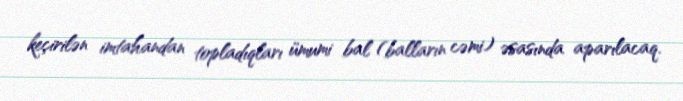
keçirilən imtahandan topladıqları ümumi bal (balların cəmi) əsasında aparılacaq.